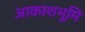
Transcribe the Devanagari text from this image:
आकाशभूमि